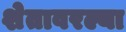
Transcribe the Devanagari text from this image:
शेतावरल्या